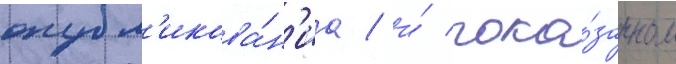
опубл'икова́н'иа / и́ пока́занном